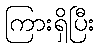
ကြားရှိပြီး